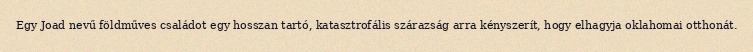
Egy Joad nevű földműves családot egy hosszan tartó, katasztrofális szárazság arra kényszerít, hogy elhagyja oklahomai otthonát.